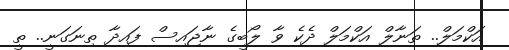
އަކްމަލް.. ތަނާލް އަކްމަލް ދެކެ ވާ ލޯބީގެ ނާޖައިސް ފައިދާ ތިނަގަނީ.. ތީ